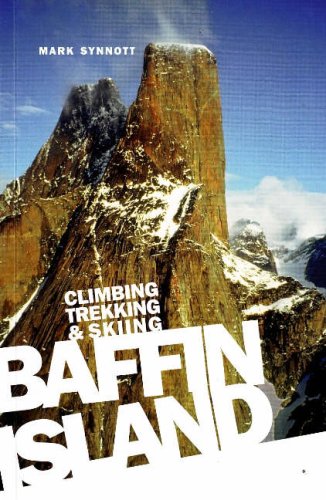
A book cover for Baffin Island: Climbing Trekking & Skiing; Mark Synnott; Travel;